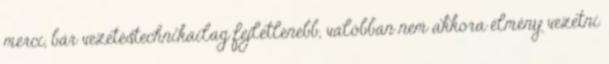
merci, bár vezetéstechnikailag fejletlenebb, valóbban nem akkora élmény vezetni